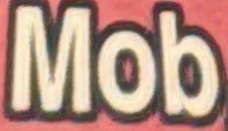
Mob